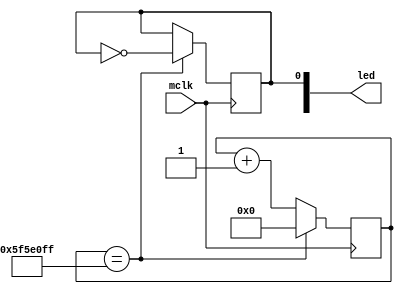
module ClkDivider(
input mclk,
output reg [15:0] led
);
reg [26:0] count = 0;
always @(posedge mclk) begin
    if(count == 100000000 - 1) begin
        count <= 0;
        led[0] <= ~led[0];
    end
        else begin
            count <= count + 1;
        end
end
endmodule